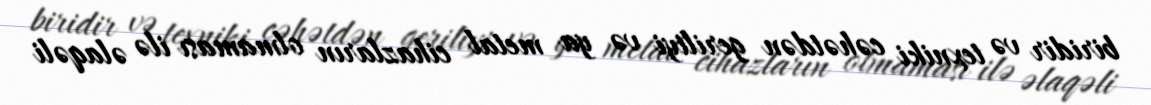
biridir və texniki cəhətdən geriliyi və ya metal cihazların olmaması ilə əlaqəli